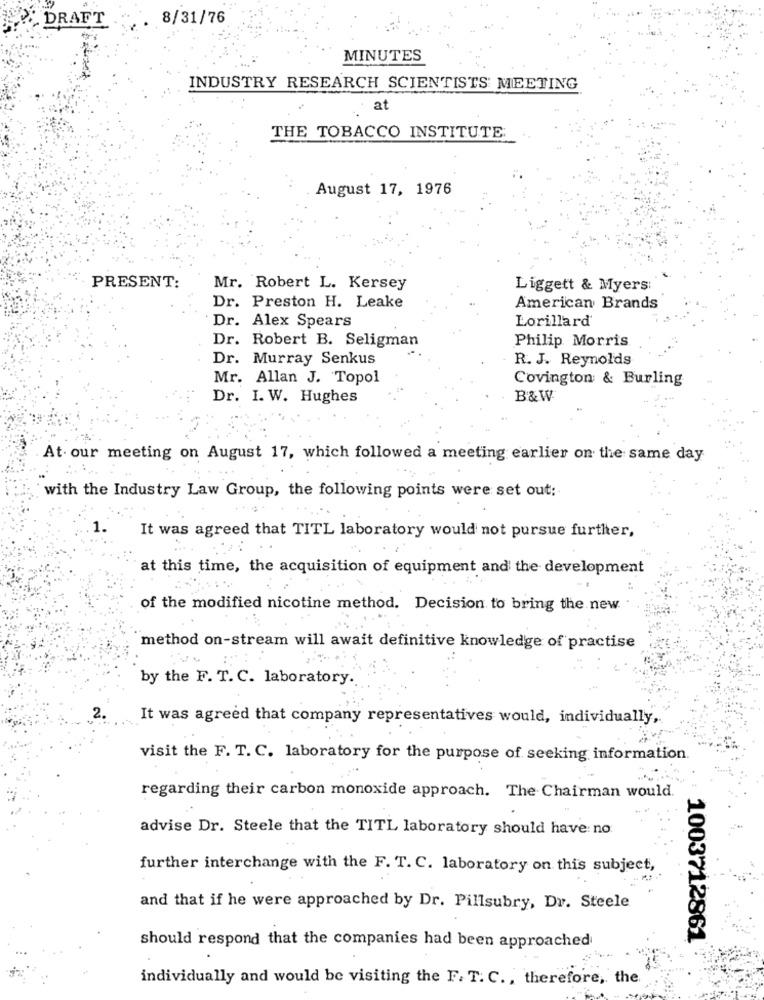
DRAFT
8/31/76
MINUTES
INDUSTRY RESEARCH SCIENTISTS MEETING
at
THE TOBACCO INSTITUTE:
August 17, 1976
PRESENT:
Mr. Robert L. Kersey
Liggett & Myers:
Dr. Preston H. Leake
American Brands
Dr. Alex Spears
Lorillard
Dr. Robert B. Seligman
Philip Morris
Dr. Murray Senkus
R. J. Reynolds
Mr. Allan J. Topol
Covington & Burling
Dr. I. W. Hughes
B&W
At- our meeting on August 17, which followed a meeting earlier on the same day
with the Industry Law Group, the following points were set out:
It was agreed that TITL laboratory would not pursue further,
at this time, the acquisition of equipment and the development
of the modified nicotine method. Decision to bring the new
method on-stream will await definitive knowledge of practise
by the F. T. C. laboratory.
2.
It was agreed that company representatives would, individually ,.
visit the F. T. C. laboratory for the purpose of seeking information.
regarding their carbon monoxide approach. The Chairman would.
advise Dr. Steele that the TITL laboratory should have: no
further interchange with the F. T. C. laboratory on this subject,
and that if he were approached by Dr. Pillsubry, Dr. Steele
1003712861
should respond that the companies had been approached
individually and would be visiting the F. T. C ., therefore, the